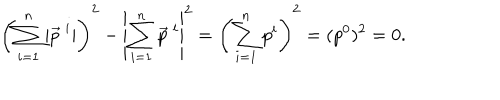
\left( \sum _ { i = 1 } ^ { n } | \vec { p } ^ { \ i } | \right) ^ { 2 } - \left| \sum _ { i = 1 } ^ { n } \vec { p } ^ { \ i } \right| ^ { 2 } = \left( \sum _ { i = 1 } ^ { n } p ^ { i } \right) ^ { 2 } = ( p ^ { 0 } ) ^ { 2 } = 0 .